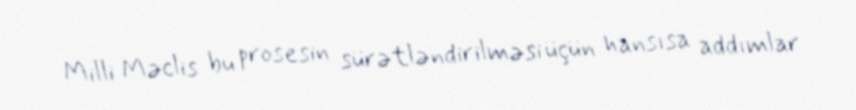
Milli Məclis bu prosesin sürətləndirilməsi üçün hansısa addımlar